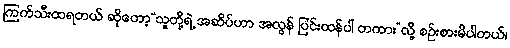
ကြက်သီးထရတယ် ဆိုတော့“သူတို့ရဲ့ အဆိပ်ဟာ အလွန် ပြင်းထန်ပါ တကား”လို့ စဉ်းစားမိပါတယ်၊